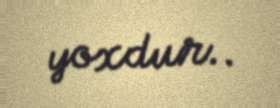
yoxdur..